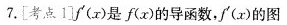
7.[考点1]f'(x)是f(x)的导函数，f'(x)的图